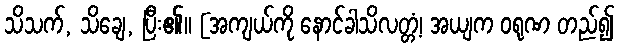
သိသက်, သိချေ, ပြီး၏။ [အကျယ်ကို နောင်ခါသိလတ္တံ့၊ အယျက ဝရုဏ တည်၍